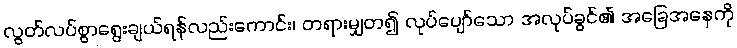
လွတ်လပ်စွာရွေးချယ်ရန်လည်းကောင်း၊ တရားမျှတ၍ လုပ်ပျော်သော အလုပ်ခွင်၏ အခြေအနေကို